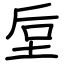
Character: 垕